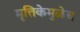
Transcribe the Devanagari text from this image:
मृत्तिकेमुळेच